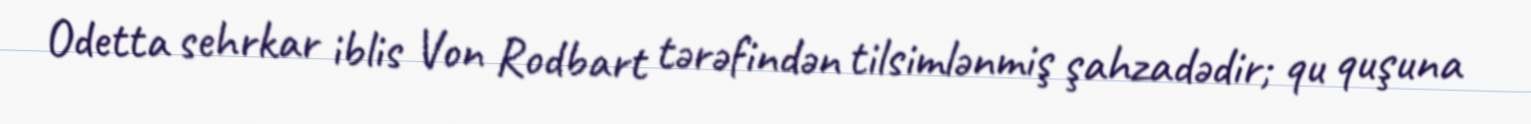
Odetta sehrkar iblis Von Rodbart tərəfindən tilsimlənmiş şahzadədir; qu quşuna